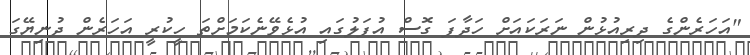
"އަހަރެންގެ ދިރިއުޅުން ނަރަކައަށް ހަދާފަ ގޮސް އުފަލުގައި އުޅެވޭނެކަމަށްތަ ހީކުރީ އަހަރެން ދުނިޔޭގަ